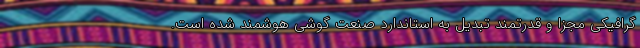
گرافیکی مجزا و قدرتمند تبدیل به استاندارد صنعت گوشی هوشمند شده است.